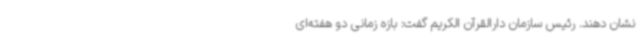
نشان دهند. رئیس سازمان دارالقرآن الکریم گفت: بازه زمانی دو هفته‌ای